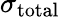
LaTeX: \sigma_{\mathrm{total}}